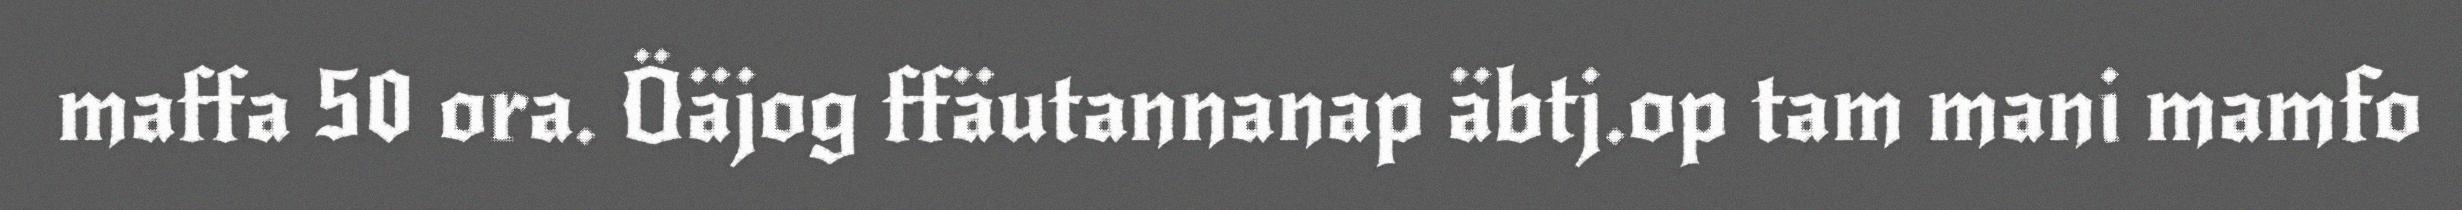
maffa 50 ora. Öäjog ffäutannanap äbtj.op tam mani mamfo